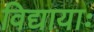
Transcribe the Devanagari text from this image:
विद्यायाः